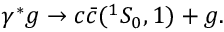
\gamma ^ { * } g \rightarrow c \bar { c } ( { } ^ { 1 } S _ { 0 } , \b { 1 } ) + g .